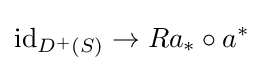
\operatorname {id} _{D^{+}(S)}\to Ra_{*}\circ a^{*}